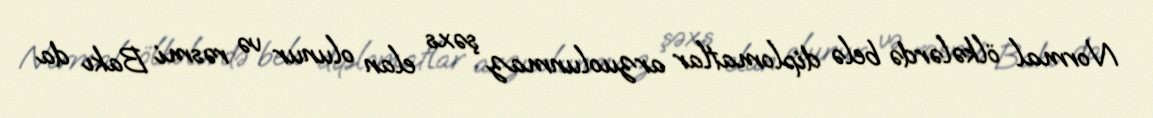
Normal ölkələrdə belə diplomatlar arzuolunmaz şəxs elan olunur və rəsmi Bakı da